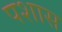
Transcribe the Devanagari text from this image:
पशास